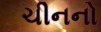
ચીનનો